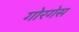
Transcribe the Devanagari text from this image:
गोरगेस